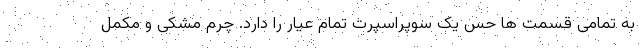
به تمامی قسمت ها حس یک سوپراسپرت تمام عیار را دارد. چرم مشکی و مکمل